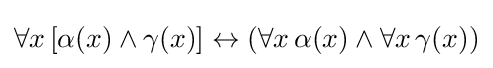
\forall x\,[\alpha (x)\land \gamma (x)]\leftrightarrow (\forall x\,\alpha (x)\land \forall x\,\gamma (x))